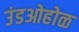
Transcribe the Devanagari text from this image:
उंडओहोळ